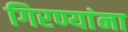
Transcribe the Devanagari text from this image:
गिरण्यांना